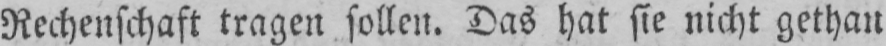
Rechenschaft tragen sollen. Das hat sie nicht gethan